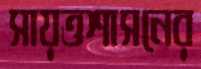
সায়ত্তশাসনের